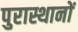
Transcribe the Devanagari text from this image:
पुरास्थानों